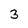
Character: 3